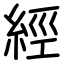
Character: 經